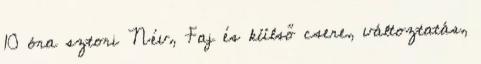
10 óra sztori Név, Faj és külső csere, változtatás,